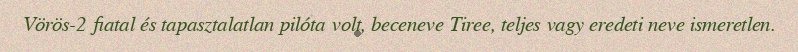
Vörös-2 fiatal és tapasztalatlan pilóta volt, beceneve Tiree, teljes vagy eredeti neve ismeretlen.